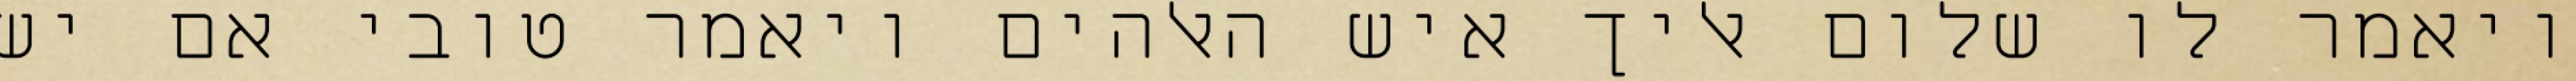
ויאמר לו שלום אליך איש האלהים ויאמר טובי אם יש